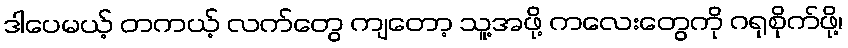
ဒါပေမယ့် တကယ့် လက်တွေ ကျတော့ သူ့အဖို့ ကလေးတွေကို ဂရုစိုက်ဖို့၊